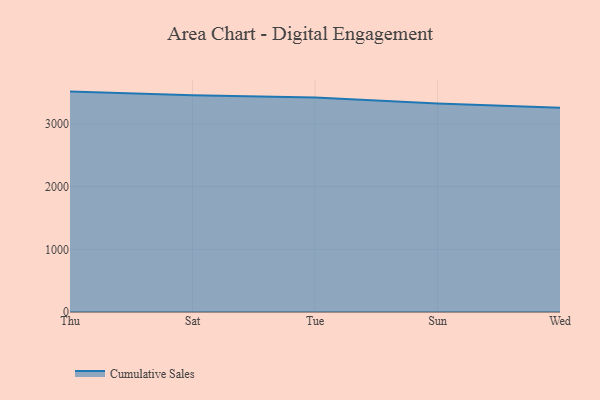
{"axis": {"x": "Day", "y": "Energy Usage (MWh)"}, "legend": ["Cumulative Sales"], "data": [{"x": "Thu", "y": 3515.7, "type": "Cumulative Sales"}, {"x": "Sat", "y": 3458.4, "type": "Cumulative Sales"}, {"x": "Tue", "y": 3419.6, "type": "Cumulative Sales"}, {"x": "Sun", "y": 3324.7, "type": "Cumulative Sales"}, {"x": "Wed", "y": 3258.7, "type": "Cumulative Sales"}]}